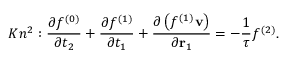
K { n ^ { 2 } } : \frac { { \partial { f ^ { ( 0 ) } } } } { { \partial { t _ { 2 } } } } + \frac { { \partial { f ^ { ( 1 ) } } } } { { \partial { t _ { 1 } } } } + \frac { { \partial \left( { { f ^ { ( 1 ) } } { \bf { v } } } \right) } } { { \partial { { \bf { r } } _ { 1 } } } } = - \frac { 1 } { \tau } { f ^ { ( 2 ) } } .